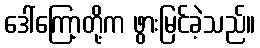
ဒေါ်ကြော့တို့က ဖွားမြင်ခဲ့သည်။